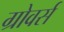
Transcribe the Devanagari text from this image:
ग्रोवर्स